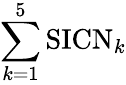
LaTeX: \sum_{k=1}^{5}\mathrm{SICN}_{k}